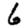
Digit: 6